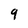
Character: 9